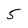
Character: 5